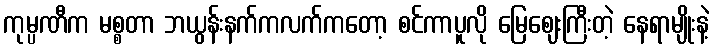
ကုမ္ပဏီက မစ္စတာ ဘယွန်းနက်ကလက်ကတော့ စင်ကာပူလို မြေဈေးကြီးတဲ့ နေရာမျိုးနဲ့